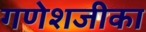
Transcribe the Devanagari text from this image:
गणेशजीका